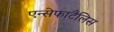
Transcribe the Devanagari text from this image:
एन्सेफाटैलिस